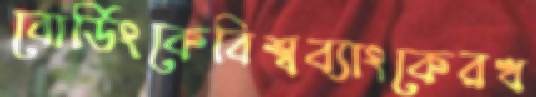
বোর্ডিংকেবিশ্বব্যাংকেরখ